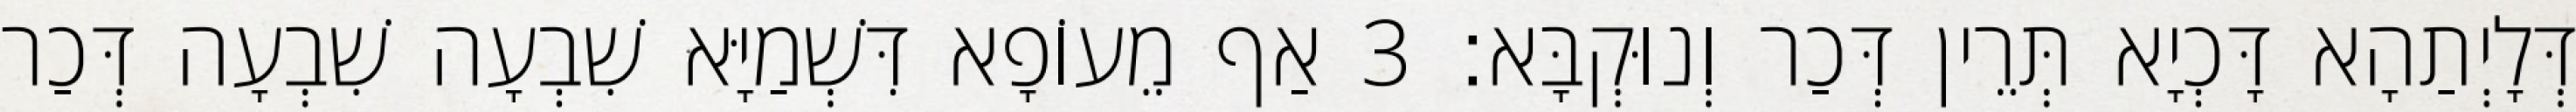
דְּלָיְתַהָא דָּכְיָא תְּרֵין דְּכַר וְנוּקְבָּא׃ 3 אַף מֵעוֹפָא דִּשְׁמַיָּא שִׁבְעָה שִׁבְעָה דְּכַר